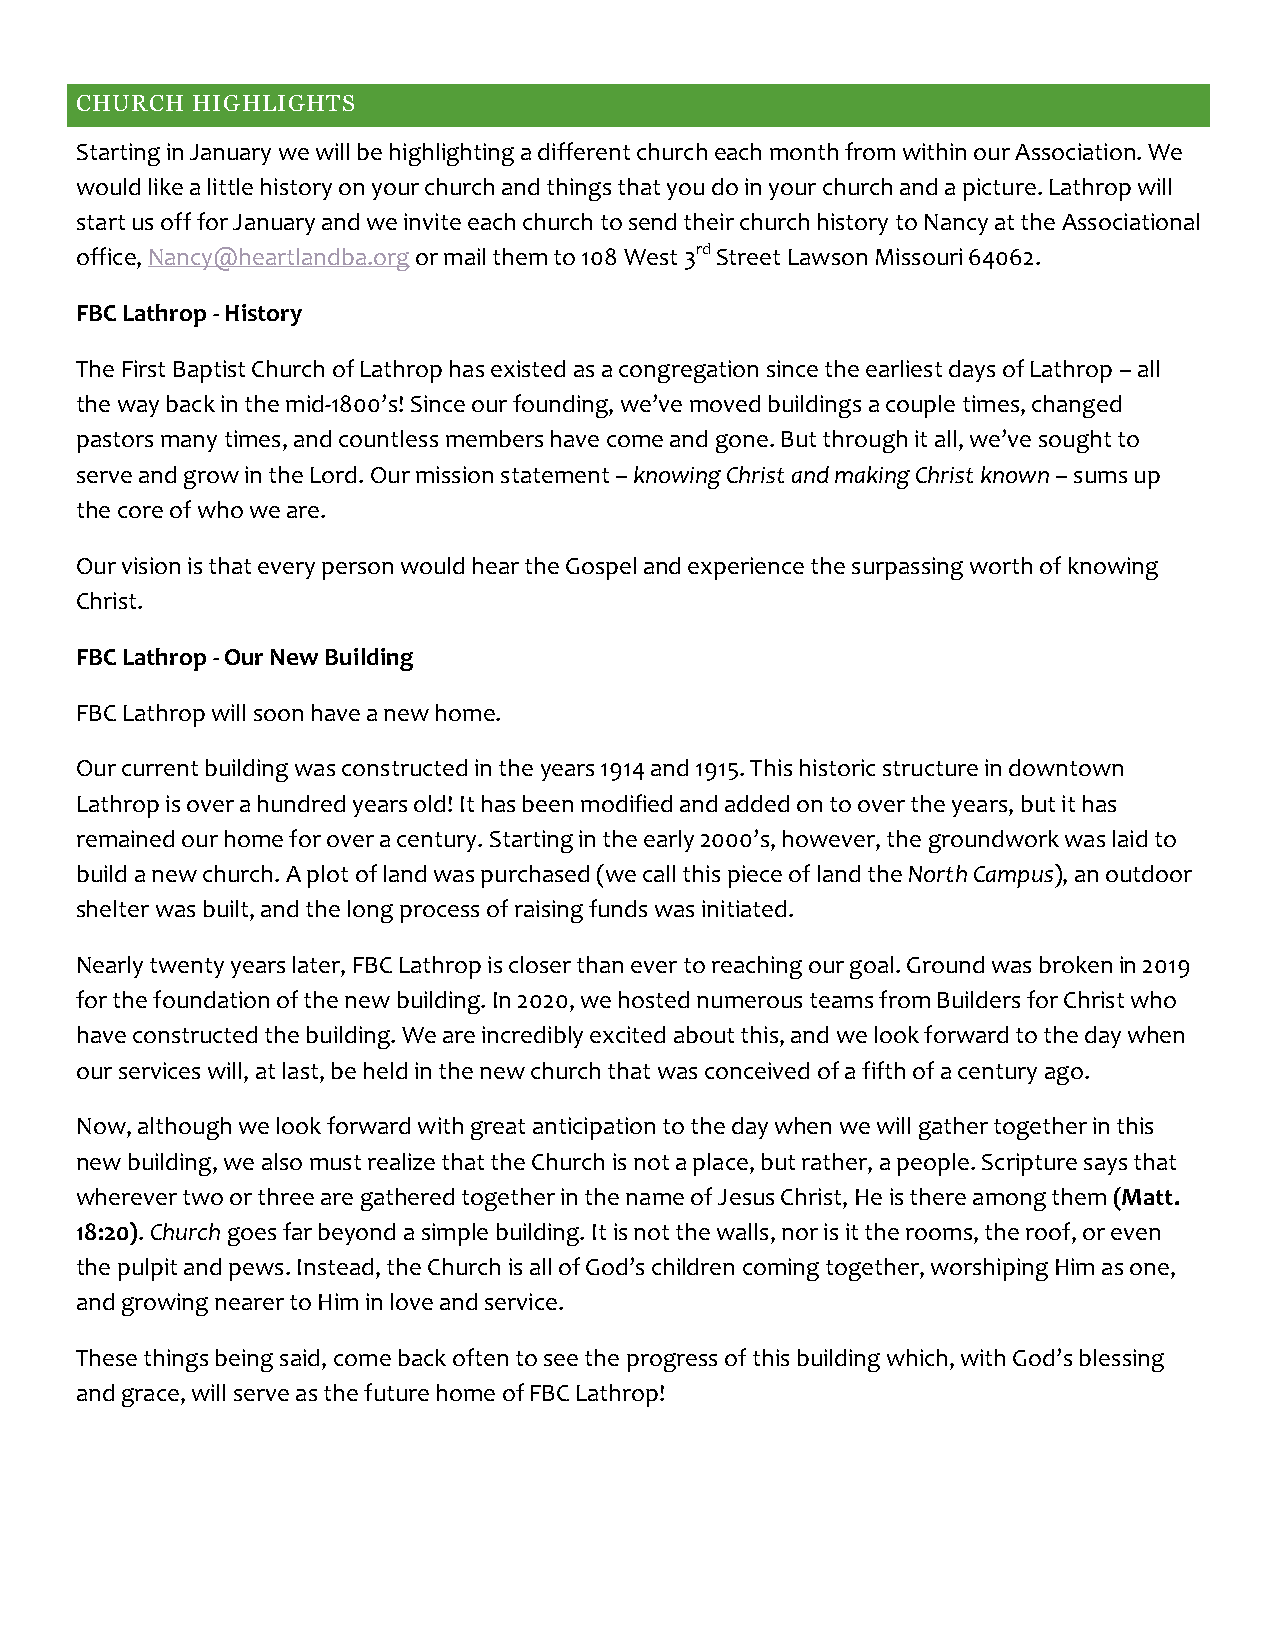
CHURCH  HIGHLIGHTS
 Starting in January we will be highlighting a different church each month from within our Association. We
 would like a little history on your church and things that you do in your church and a picture. Lathrop will
 start us off for January and we invite each church to send their church history to Nancy at the Associational
 office, Nancy@heartlandba.org or mail them to 108 West 3rd Street Lawson Missouri 64062.
 FBC Lathrop - History
 The First Baptist Church of Lathrop has existed as a congregation since the earliest days of Lathrop – all
 the way back in the mid-1800’s! Since our founding, we’ve moved buildings a couple times, changed
 pastors many times, and countless members have come and gone. But through it all, we’ve sought to
 serve and grow in the Lord. Our mission statement – knowing Christ and making Christ known – sums up
 the core of who we are.
 Our vision is that every person would hear the Gospel and experience the surpassing worth of knowing
 Christ.
 FBC Lathrop - Our New Building
 FBC Lathrop will soon have a new home.
 Our current building was constructed in the years 1914 and 1915. This historic structure in downtown
 Lathrop is over a hundred years old! It has been modified and added on to over the years, but it has
 remained our home for over a century. Starting in the early 2000’s, however, the groundwork was laid to
 build a new church. A plot of land was purchased (we call this piece of land the North Campus), an outdoor
 shelter was built, and the long process of raising funds was initiated.
 Nearly twenty years later, FBC Lathrop is closer than ever to reaching our goal. Ground was broken in 2019
 for the foundation of the new building. In 2020, we hosted numerous teams from Builders for Christ who
 have constructed the building. We are incredibly excited about this, and we look forward to the day when
 our services will, at last, be held in the new church that was conceived of a fifth of a century ago.
 Now, although we look forward with great anticipation to the day when we will gather together in this
 new building, we also must realize that the Church is not a place, but rather, a people. Scripture says that
 wherever two or three are gathered together in the name of Jesus Christ, He is there among them (Matt.
 18:20). Church goes far beyond a simple building. It is not the walls, nor is it the rooms, the roof, or even
 the pulpit and pews. Instead, the Church is all of God’s children coming together, worshiping Him as one,
 and growing nearer to Him in love and service.
 These things being said, come back often to see the progress of this building which, with God’s blessing
 and grace, will serve as the future home of FBC Lathrop!